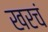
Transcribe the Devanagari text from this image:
खरचं